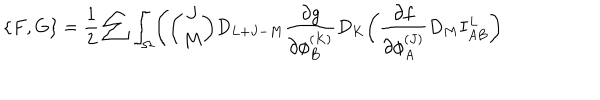
LaTeX: \{ F , G \} = { \frac { 1 } { 2 } } \sum \int _ { \Omega } \Biggl ( { \binom { J } { M } } D _ { L + J - M } { \frac { \partial g } { \partial \phi _ { B } ^ { ( K ) } } } D _ { K } \biggl ( { \frac { \partial f } { \partial \phi _ { A } ^ { ( J ) } } } D _ { M } I _ { A B } ^ { L } \biggr )